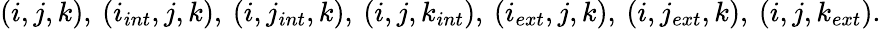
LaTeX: (i,j,k),\: (i_{int},j,k),\: (i,j_{int},k),\: (i,j,k_{int}),\: (i_{ext},j,k),\: (i,j_{ext},k),\: (i,j,k_{ext}).